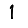
Digit: 1